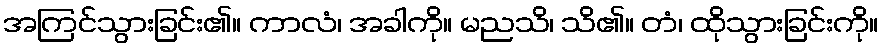
အကြင်သွားခြင်း၏။ ကာလံ၊ အခါကို။ မညသိ၊ သိ၏။ တံ၊ ထိုသွားခြင်းကို။